Annual administration report of the Civil Veterinary Department, Ajmere-Merwara, British Rajputana - 1914-1940
Year: 1914
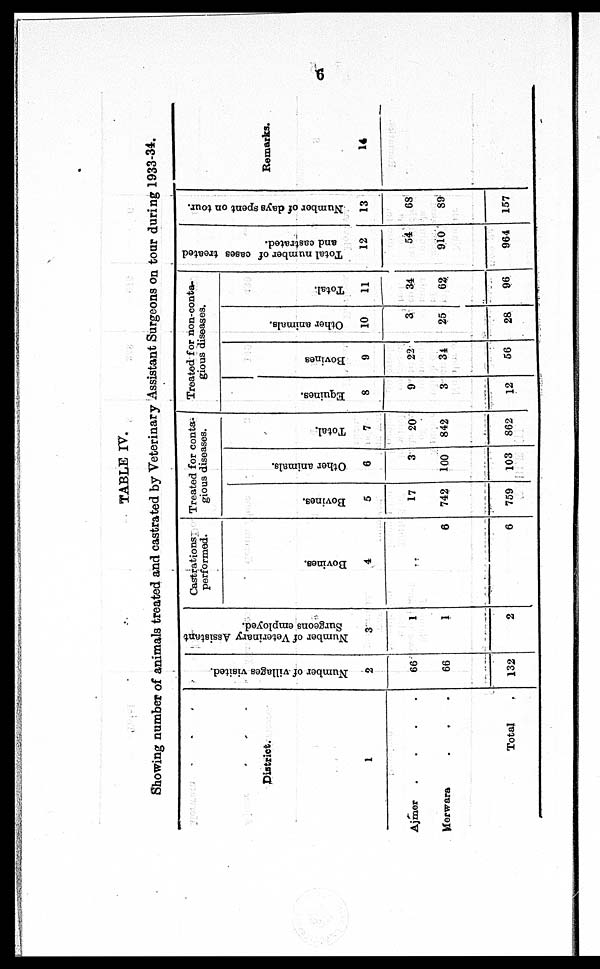
6
TABLE IV.
Showing number of animals treated and castrated by Veterinary Assistant Surgeons on tour during 1933-34.
District.
1
Ajmer . . . .
Merwara . . .
Total
Number of villages visited.
2
66
66
132
Number of Veterinary Assistant
Surgeons employed.
3
1
1
2
Castrations
performed.
Bovines.
4
..
6
6
Treated for conta¬
gious diseases.
Bovines.
5
17
742
759
Other animals.
6
3
100
103
Total.
7
20
842
862
Treated for non-conta-
gious diseases.
Equines.
8
9
3
12
Bovines
9
22
34
56
Other animals.
10
3
25
28
Total.
11
34
62
96
Total number of cases treated
and castrated.
12
54
910
964
Number of days spent on tour.
13
68
89
157
Remarks.
14